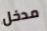
مدخل